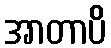
အာတာပိ